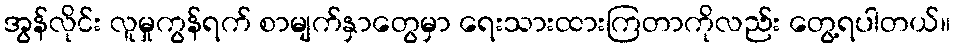
အွန်လိုင်း လူမှုကွန်ရက် စာမျက်နှာတွေမှာ ရေးသားထားကြတာကိုလည်း တွေ့ရပါတယ်။